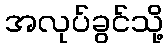
အလုပ်ခွင်သို့